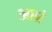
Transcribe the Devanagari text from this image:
आम्रं